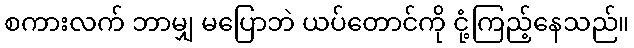
စကားလက် ဘာမျှ မပြောဘဲ ယပ်တောင်ကို ငုံ့ကြည့်နေသည်။